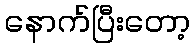
နောက်ပြီးတော့